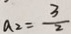
a _ { 2 } = \frac { 3 } { 2 }